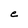
Character: e